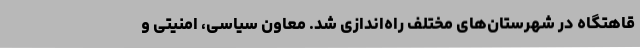
قاهتگاه در شهرستان‌های مختلف راه‌اندازی شد. معاون سیاسی، امنیتی و